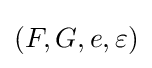
(F,G,e,\varepsilon )